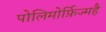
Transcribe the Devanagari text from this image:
पोलिमोर्फ़िज्महै